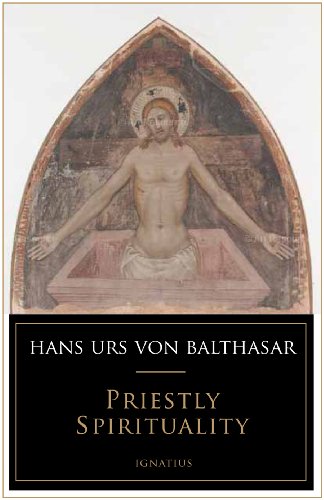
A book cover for Priestly Spirituality; Hans Urs von Balthasar; Christian Books & Bibles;